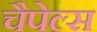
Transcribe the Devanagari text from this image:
चैपेल्स